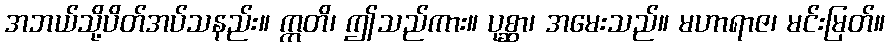
အဘယ်သို့ပိတ်အပ်သနည်း။ ဣတိ၊ ဤသည်ကား။ ပုစ္ဆာ၊ အမေးသည်။ မဟာရာဇ၊ မင်းမြတ်။